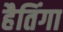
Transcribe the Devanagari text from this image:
हैतिंगा